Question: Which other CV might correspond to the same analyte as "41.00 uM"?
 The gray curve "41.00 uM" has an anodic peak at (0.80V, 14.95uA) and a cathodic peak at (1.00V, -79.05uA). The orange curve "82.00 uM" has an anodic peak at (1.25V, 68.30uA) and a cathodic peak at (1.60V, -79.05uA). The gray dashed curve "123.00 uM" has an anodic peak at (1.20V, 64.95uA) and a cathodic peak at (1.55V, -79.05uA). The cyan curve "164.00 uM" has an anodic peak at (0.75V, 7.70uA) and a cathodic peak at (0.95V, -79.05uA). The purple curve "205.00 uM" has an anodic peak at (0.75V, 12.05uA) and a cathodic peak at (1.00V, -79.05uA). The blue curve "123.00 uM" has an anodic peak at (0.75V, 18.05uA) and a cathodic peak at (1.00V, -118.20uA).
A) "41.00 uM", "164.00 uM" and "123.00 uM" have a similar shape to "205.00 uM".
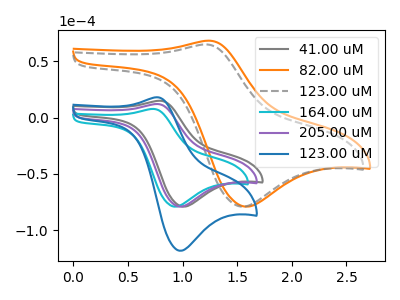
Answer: <think>"41.00 uM" and "82.00 uM" have at least one peak that do not match. "41.00 uM" and "123.00 uM" have at least one peak that do not match. "41.00 uM" and "164.00 uM" have at least one peak that do not match. All the peaks in "41.00 uM" have a peak in "205.00 uM" at the same potential. All the peaks in "41.00 uM" have a peak in "123.00 uM" at the same potential. Every peak in "41.00 uM" is lower than every peak in "123.00 uM". All the peaks in "82.00 uM" have a peak in "123.00 uM" at the same potential. "82.00 uM" and "164.00 uM" have at least one peak that do not match. "82.00 uM" and "205.00 uM" have at least one peak that do not match. "82.00 uM" and "123.00 uM" have at least one peak that do not match. "123.00 uM" and "164.00 uM" have at least one peak that do not match. "123.00 uM" and "205.00 uM" have at least one peak that do not match. "123.00 uM" and "123.00 uM" have at least one peak that do not match. All the peaks in "164.00 uM" have a peak in "205.00 uM" at the same potential. All the peaks in "164.00 uM" have a peak in "123.00 uM" at the same potential. Every peak in "164.00 uM" is lower than every peak in "123.00 uM". All the peaks in "205.00 uM" have a peak in "123.00 uM" at the same potential. Every peak in "205.00 uM" is lower than every peak in "123.00 uM".
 </think>
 <answer>A) "41.00 uM", "164.00 uM" and "123.00 uM" have a similar shape to "205.00 uM".</answer>
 <eval>A</eval>